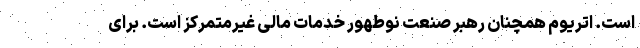
است. اتریوم همچنان رهبر صنعت نوطهور خدمات مالی غیرمتمرکز است. برای